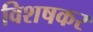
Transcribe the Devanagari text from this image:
विशषकर